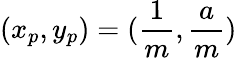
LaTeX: (x_{p},y_{p})=(\frac{1}{m},\frac{a}{m})